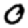
Digit: 0